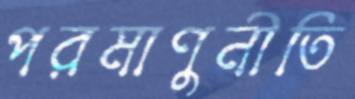
পরমাণুনীতি